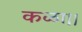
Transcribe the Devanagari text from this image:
कळा।।